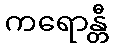
ကရောန္တီ